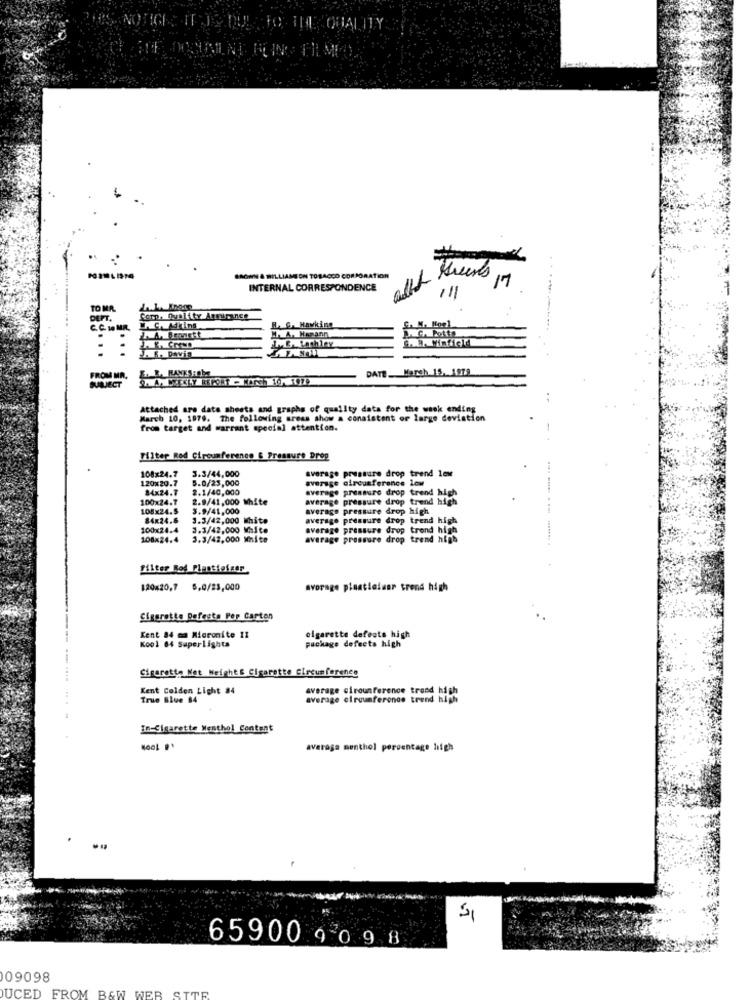
BROWN & WILLIAMSON TOBACCO CORPORATION
17
INTERNAL CORRESPONDENCE
TO MR.
DEPT.
Comp. Quality Assurance
C.C. 10 MR.
R. G. Hawking
DATE. March 15. 1979
FROM MA.
BUALLJECT
Attached are data sheets and graphs of quality data for the week ending
March 10, 1979. The following areas show a consistent or large deviation
from target and warrant special attention.
Filter Red Circumference & Pressure Drop
108x24.7 3.3/44,000
average pressure drop trend low
120x20.7
5.0/25,000
average circumference low
84x24.7
2.1/40,000
average pressure drop trend high
100x24.7
2.9/41,000 White
average pressure drop trend high
108x24.5
3.9/41,000
average pressure drop high
84x24.8
3.3/42,000 Mhite
average pressure drop trend high
100x24.4
3.3/42,000 White
average pressure drop trend high
108x24.4
3.3/42,000 White
average pressure drop trend high
... ..... . ... ........
filter Red Plantiefeer
120420,7 5,0/23,000
avorage plastialaar trend high
Sigarette Defesta Per Carton
Kent 84 ma Micronite 11
64 Superlights
cigarette defeats high
package defects high
Cigarette Net Weight Cigarette Circumference
Kent Colden Light 84
average cirounference trend high
True Blue 84
average elraumference trend high
In Cigarette Menthol Content
average menthol percentage high
65900 ,09 8
09098
DUCED FROM B&W WEB SITE